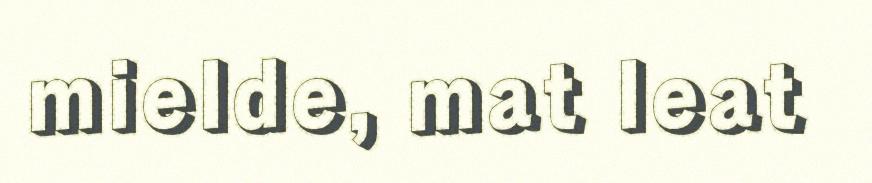
mielde, mat leat